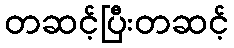
တဆင့်ပြီးတဆင့်